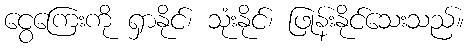
ငွေကြေးကို ရှာနိုင်၊ သုံးနိုင်၊ ဖြုန်းနိုင်သေးသည်။